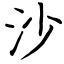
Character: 沙